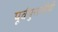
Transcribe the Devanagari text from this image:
पूर्वपुराजीवी